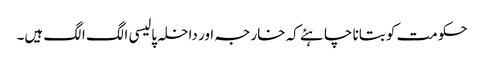
حکومت کو بتانا چاہئے کہ خارجہ اور داخلہ پالیسی الگ الگ ہیں۔